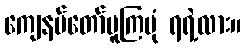
ကျေနပ်တော်မူကြပုံ ရရဲ့လား။